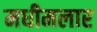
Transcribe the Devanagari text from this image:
मधीमलार